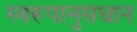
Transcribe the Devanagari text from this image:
स्वरूपानुसंधान